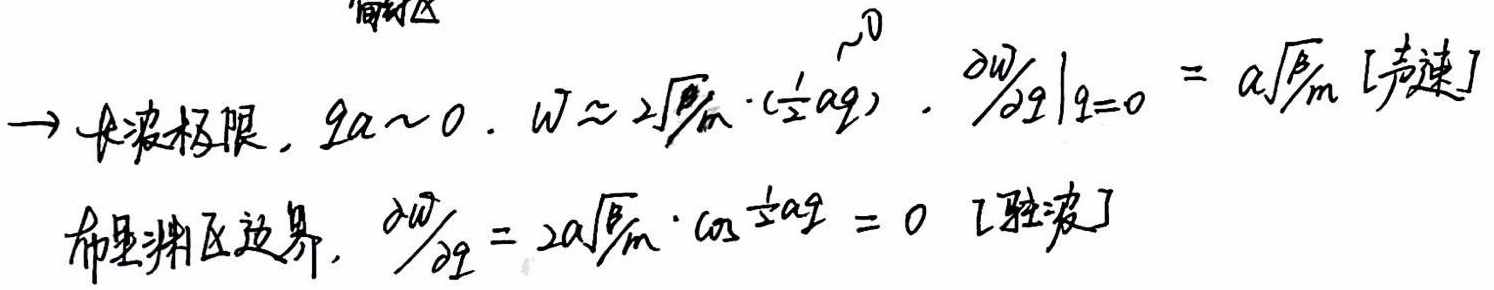
简约区\(\to\)长波极限，\(qa\sim 0\)。\(\omega\approx 2\sqrt{\frac{\beta}{m}}\cdot(\frac{1}{2}aq)\)。\(\left.\frac{\partial\omega}{\partial q}\right|_{q = 0}=a\sqrt{\frac{\beta}{m}}\)（[声速]）

布里渊区边界，\(\frac{\partial\omega}{\partial q}=2a\sqrt{\frac{\beta}{m}}\cdot\cos\frac{1}{2}aq = 0\)（[驻波]）